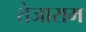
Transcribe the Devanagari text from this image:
तेजाराम